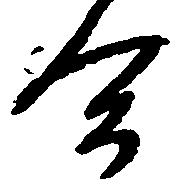
合